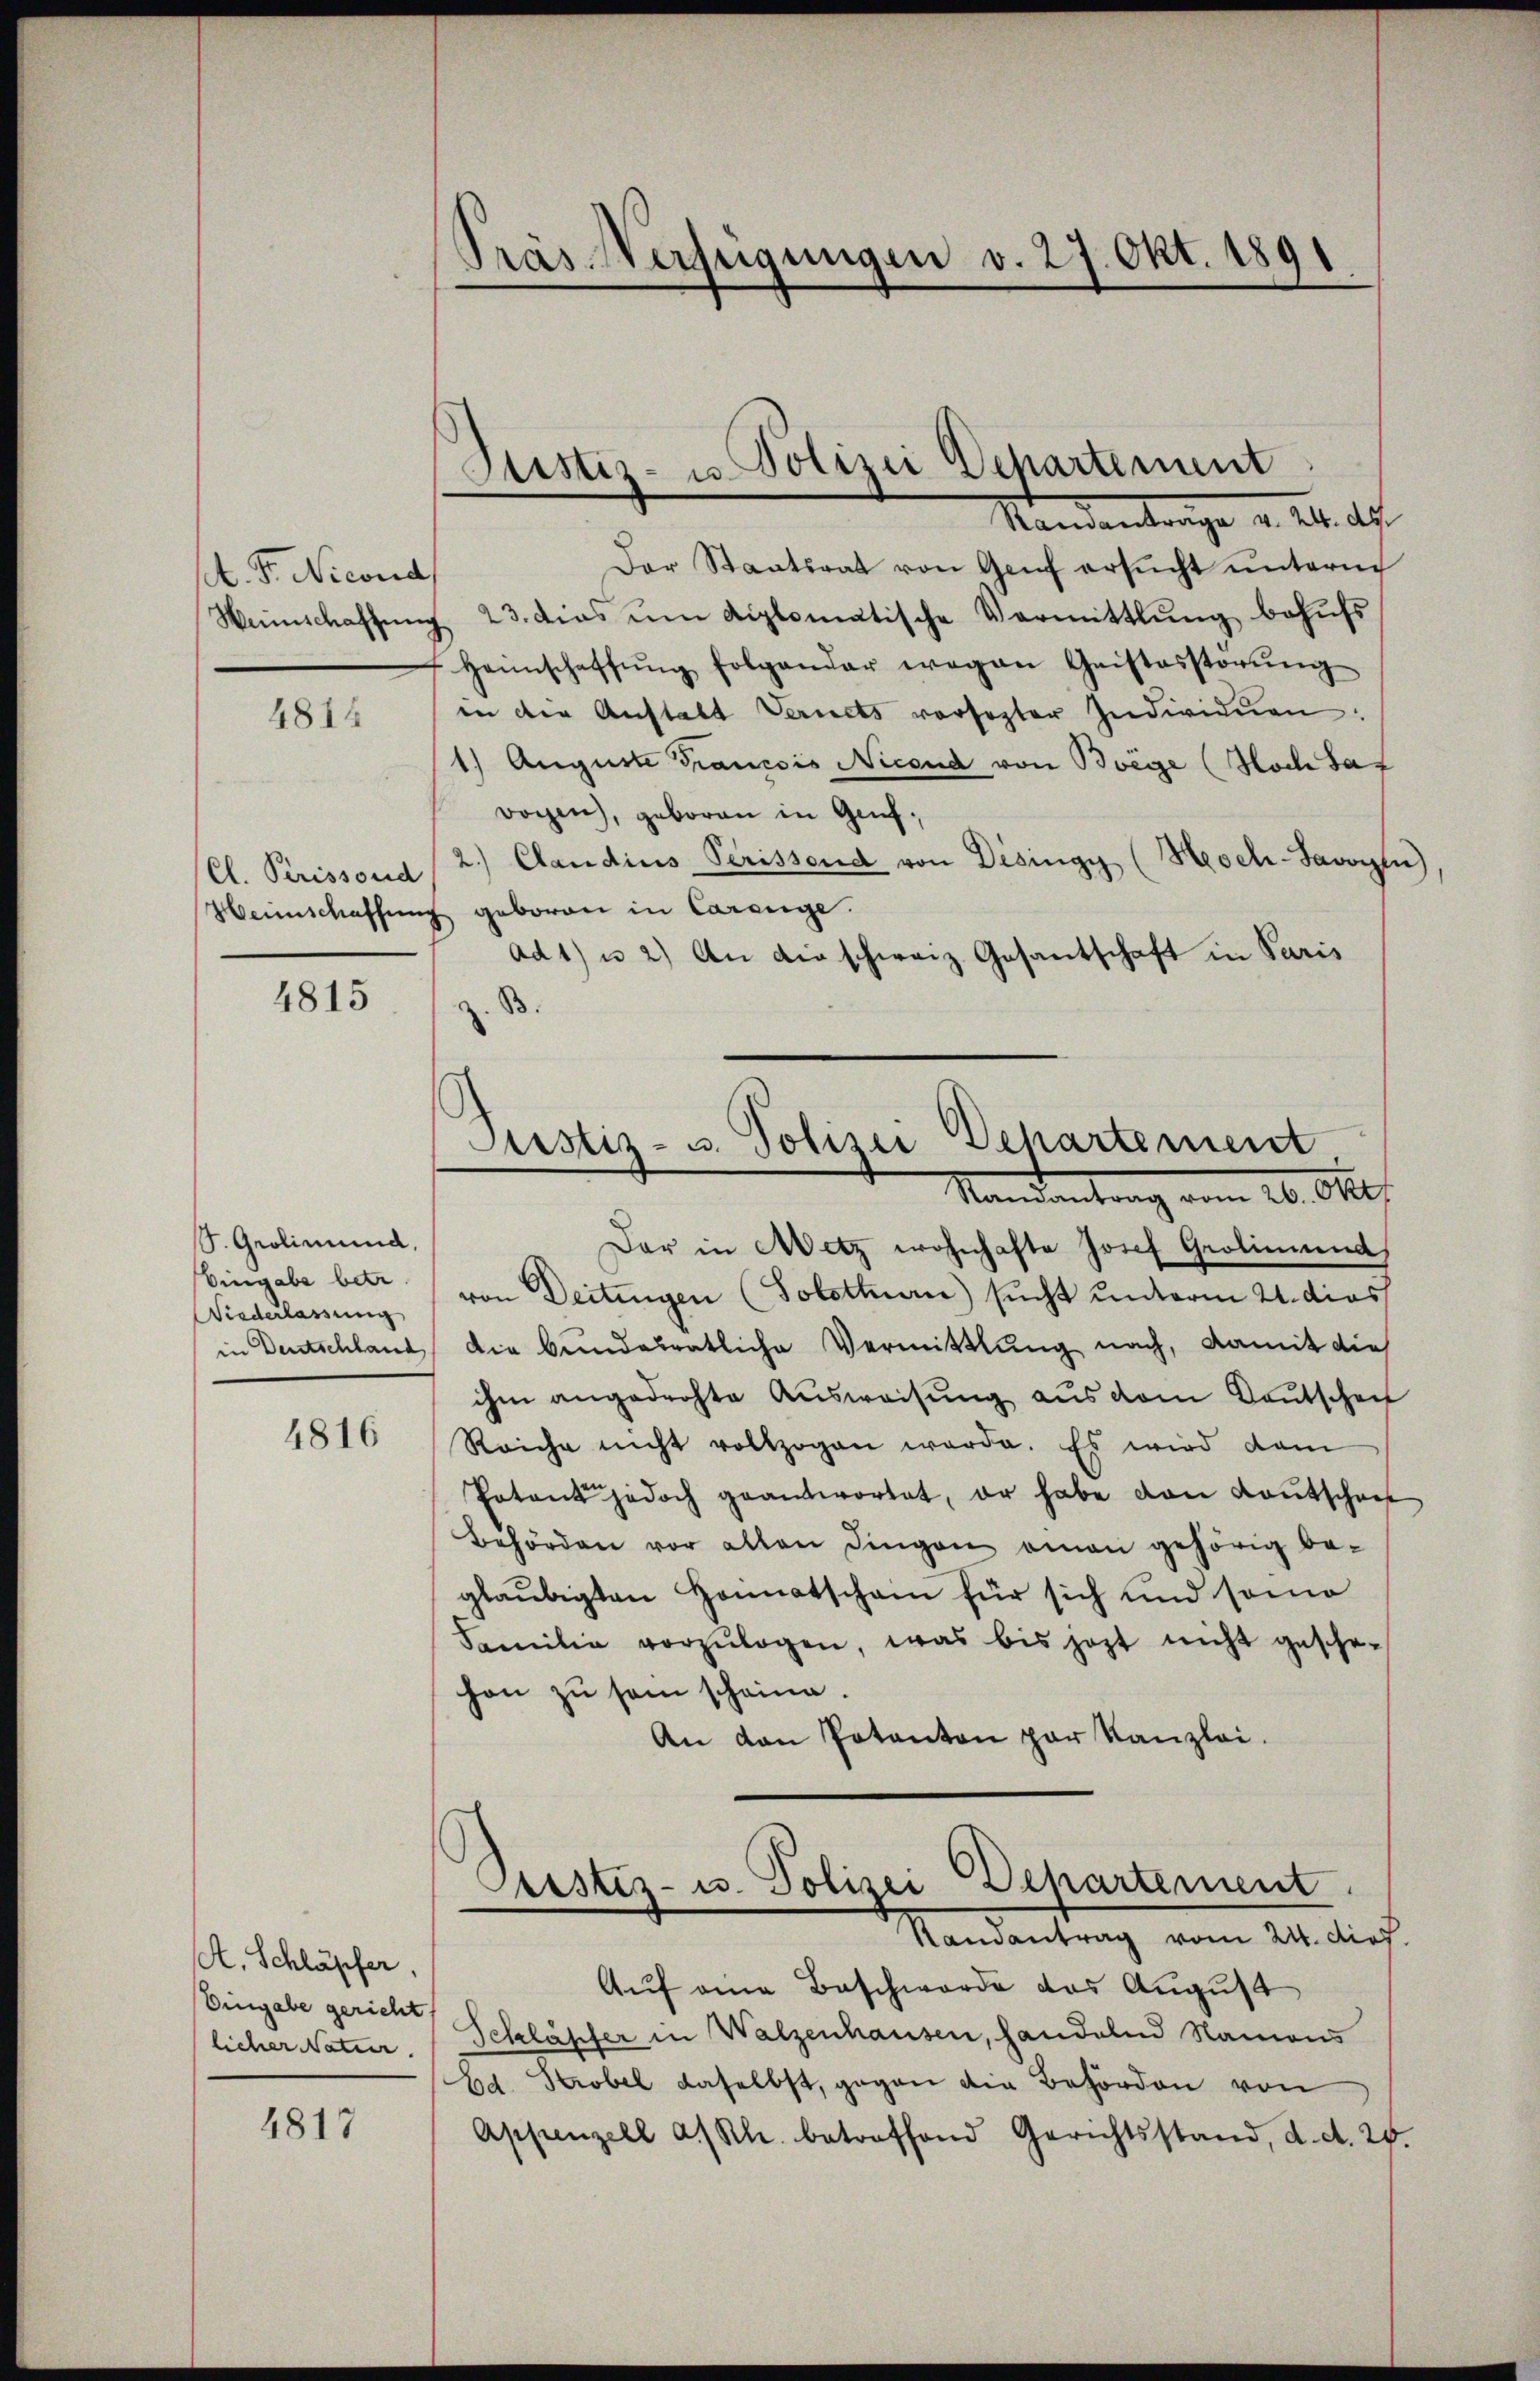
st. Fr. Nicond

4814

4815

S. Geolimund,
Eingabe betr
Wiederlassung
in Deutschland

4816

A. Schläpfer,
Eingabe gericht
licher Natur.

4817

Präs. Verfügungen v. 27. Okt. 1891

Der Staatsrat von Genf ersŭcht ŭnterm
Weinschaffung 23. dies um diplomatische Vormittlung behufs
Heimschaffŭng folgender wegen Geistesstörŭng
in der Anstalt Vernets versezter Individuen.
1) Auguste Francois Nicoud von Boege (Noch Saf
wogen, geboren in Genf,
Cl. Perissend (2.) Candins Perissend von Desingy (Meoch-Savoyen),
Heimschaffung geboren in Carenge.
Ad 1) u. 2) An die schweiz. Gesantschaft in Paris
B.

Justiz- u. Polizei Departement
Randantrage v. 24. ds.

Justiz- u. Polizei Departement,
Mandantrag vom 20. Okt.

Dar in Metz wohnhafte Josef Grotimund
von Deitingen (Solothurn) sucht unterm 21. dies
die bundesratliche Vermittlung nach, damit dies
ihm angedrohte Aŭsweisŭng aŭs vom Kautscheif
Reiche nicht vollzogen werde. Es wird dam
Patent jedoch geantwortet, er habe von Kautschrif
Behörden vor alten Dingen man gehörig be-
glaubigten Heimatschain für sich und sono
Familie vorzŭlegen, was bis jezt nicht gesche-
hon zu sein scheine.
An den Potanton par Kanzlei.
Justiz- u. Polizei Departement
Randantrag vom 24. dief.
Auf eine Beschwerde das August
Schläpfer in Walzenhausen, handelnd Namens
Ed. Strobel daselbst, gegen die Behörden von
Appenzell a/Rh. betroffend Gerichtsstand, d. d. 25.